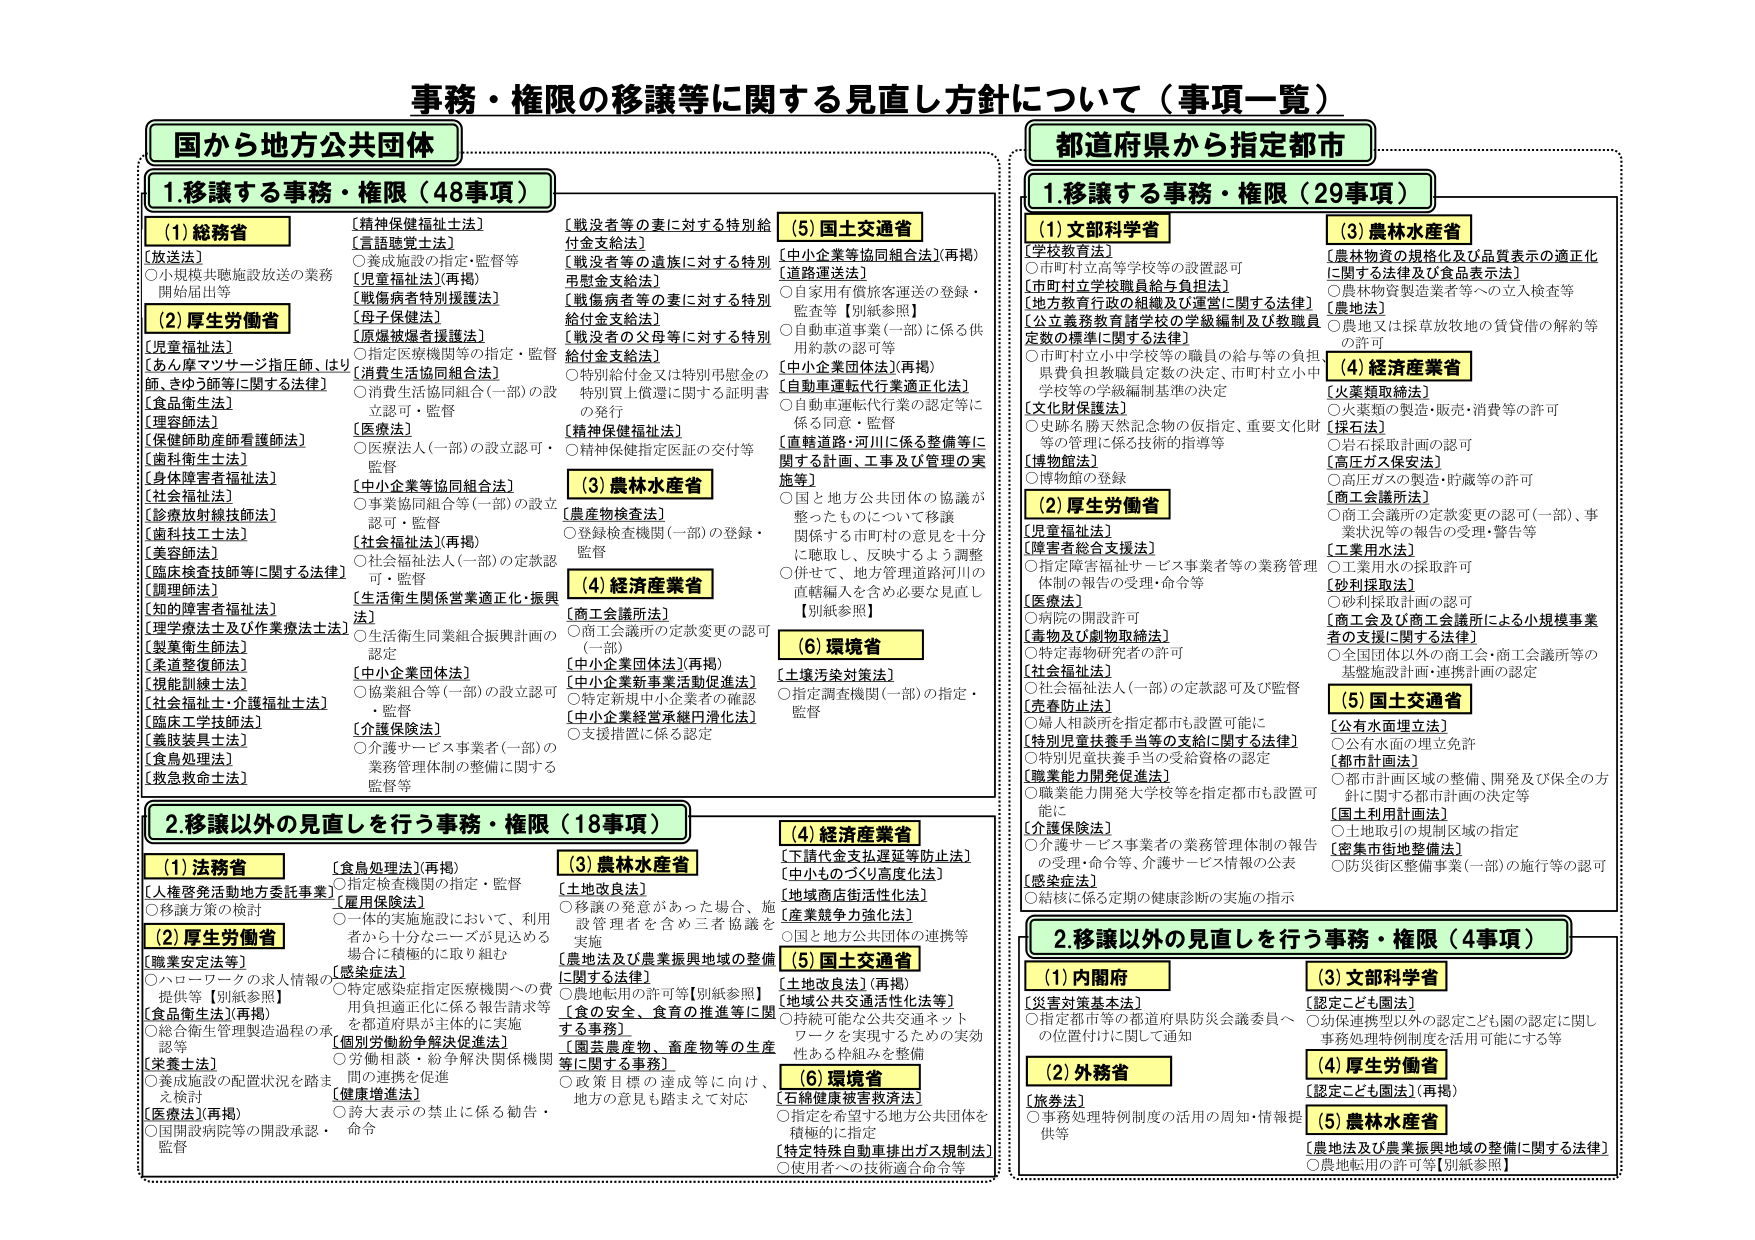
事務・権限の移譲等に関する見直し方針について（事項一覧）

国から地方公共団体

1. 移譲する事務・権限（48事項）

(1) 総務省
【放送法】
○小規模共聴施設放送の業務開始届出等

(2) 厚生労働省
【児童福祉法】
【あん摩マツサージ指圧師、はり師、きゅう師等に関する法律】
【食品衛生法】
【理容師法】
【保健師助産師看護師法】
【歯科衛生士法】
【身体障害者福祉法】
【社会福祉法】
【診療放射線技師法】
【歯科技工士法】
【美容師法】
【臨床検査技師等に関する法律】
【調理師法】
【知的障害者福祉法】
【理学療法士及び作業療法士法】
【製薬衛生師法】
【柔道整復師法】
【視能訓練士法】
【社会福祉士・介護福祉士法】
【臨床工学技師法】
【義肢装具士法】
【食品加工法】
【救急救命士法】

【精神保健福祉士法】
【言語聴覚士法】
○養成施設の指定・監督等
【児童福祉法】（再掲）
【戦傷病者特別援護法】
【母子保健法】
【原爆被爆者援護法】
○指定医療機関等の指定・監督
【消費生活協同組合法】
○消費生活協同組合（一部）の設立認可・監督

【医療法】
○医療法人（一部）の設立認可・監督
【中小企業等協同組合法】
○事業協同組合等（一部）の設立認可・監督
【社会福祉法】（再掲）
○社会福祉法人（一部）の定款認可・監督
【生活衛生関係営業適正化・振興法】
○生活衛生同業組合振興計画の認定
【中小企業団体法】
○協業組合等（一部）の設立認可・監督
【介護保険法】
○介護サービス事業者（一部）の業務管理体制の整備に関する監督等

【戦没者等の妻に対する特別給付金支給法】
【戦没者等の遺族に対する特別弔慰金支給法】
【戦傷病者等の妻に対する特別給付金支給法】
【戦没者の父母等に対する特別給付金支給法】
○特別給付金又は特別弔慰金の特別買上償還に関する証明書の発行

【精神保健福祉法】
○精神保健指定医師の交付等

(3) 農林水産省
【農産物検査法】
○登録検査機関（一部）の登録・監督

(4) 経済産業省
【商工会議所法】
○商工会議所の定款変更の認可（一部）
【中小企業団体法】（再掲）
【中小企業新事業活動促進法】
○特定新規中小企業者の確認
【中小企業経営承継円滑化法】
○支援措置に係る認定

(5) 国土交通省
【中小企業等協同組合法】（再掲）
【道路運送法】
○自家用有償旅客運送の登録・監査等【別紙参照】
○自動車道事業（一部）に係る供用約款の認可等
【中小企業団体法】（再掲）
【自動車運転代行業適正化法】
○自動車運転代行業の認定等に係る許可・監督
【直轄道路・河川に係る整備等に関する計画、工事及び管理の実施等】
○国と地方公共団体の協議が整ったものについて移譲関係する市町村の意見を十分に聴取し、反映するよう調整○併せて、地方管理道路河川の直轄編入を含め必要な見直し【別紙参照】

(6) 環境省
【土壌汚染対策法】
○指定調査機関（一部）の指定・監督

2. 移譲以外の見直しを行う事務・権限（18事項）

(1) 法務省
【人権啓発活動地方委託事業】
○移譲方策の検討

(2) 厚生労働省
【職業安定法等】
○ハローワークの求人情報の提供等【別紙参照】
【食品衛生法】（再掲）
○総合衛生管理製造過程の承認等
【栄養士法】
○養成施設の配置状況を踏まえ検討
【医療法】（再掲）
○国開設病院等の開設承認・監督

【食品処理法】（再掲）
○指定検査機関の指定・監督
【雇用保険法】
○一体的実施施設において、利用者から十分なニーズが見込める場合に積極的に取り組む
【感染症法】
○特定感染症指定医療機関への費用負担適正化に係る報告請求等を都道府県が主体的に実施
【個別労働紛争解決促進法】
○労働相談・紛争解決関係機関間の連携を促進
【健康増進法】
○喫タ表示の禁止に係る勧告・命令

(3) 農林水産省
【土地改良法】
○移譲の発意があった場合、施設管理者を含め三者協議を実施
【農地法及び農業振興地域の整備に関する法律】
【農地転用の許可等】【別紙参照】
【食の安全、食育の推進等に関する事務】
【園芸農産物、畜産物等の生産等に関する事務】
○政策目標の達成等に向け、地方の意見も踏まえて対応

(4) 経済産業省
【下請代金支払遅延等防止法】
【中小ものづくり高度化法】
【地域商店街活性化法】
【産業競争力強化法】
○国と地方公共団体の連携等

(5) 国土交通省
【土地改良法】（再掲）
【地域公共交通活性化法等】
○持続可能な公共交通ネットワークを実現するための実効性ある枠組みを整備

(6) 環境省
【石綿健康被害救済法】
○指定を希望する地方公共団体を積極的に指定
【特定特殊自動車排出ガス規制法】
○使用者への技術適合命令等

都道府県から指定都市

1. 移譲する事務・権限（29事項）

(1) 文部科学省
【学校教育法】
○市町村立高等学校等の設置認可
【市町村立学校職員給与負担法】
【地方教育行政の組織及び運営に関する法律】
【公立義務教育諸学校の学級編制及び教職員定数の標準に関する法律】
○市町村立小中学校等の職員の給与等の負担、県費負担教職員定数の決定、市町村立小中学校等の学級編制基準の決定
【文化財保護法】
○史跡名勝天然記念物の仮指定、重要文化財等の管理に係る技術的指導等
【博物館法】
○博物館の登録

(2) 厚生労働省
【児童福祉法】
【障害者総合支援法】
○指定障害福祉サービス事業者等の業務管理体制の報告の受理・命令等
【医療法】
○病院の開設許可
【毒物及び劇物取締法】
○特定毒物研究者の許可
【社会福祉法】
○社会福祉法人（一部）の定款認可及び監督
【売春防止法】
○婦人相談所を指定都市も設置可能に
【特別児童扶養手当等の支給に関する法律】
○特別児童扶養手当の受給資格の認定
【職業能力開発促進法】
○職業能力開発大学校等を指定都市も設置可能に
【介護保険法】
○介護サービス事業者の業務管理体制の報告の受理・命令等、介護サービス情報の公表
【感染症法】
○結核に係る定期的健康診断の実施の指示

(3) 農林水産省
【農林物資の規格化及び品質表示の適正化に関する法律及び食品表示法】
○農林物資製造業者等への立入検査等
【農地法】
○農地又は採草放牧地の賃貸借の解約等の許可

(4) 経済産業省
【火薬類取締法】
○火薬類の製造・販売・消費等の許可
【採石法】
○岩石採取計画の認可
【高圧ガス保安法】
○高圧ガスの製造・貯蔵等の許可
【商工会議所法】
○商工会議所の定款変更の認可（一部）、事業状況等の報告の受理・警告等
【工業用水法】
○工業用水の採取許可
【砂利採取法】
○砂利採取計画の認可
【商工会及び商工会議所による小規模事業者の支援に関する法律】
○全国団体以外の商工会・商工会議所等の基盤施設計画・連携計画の認定

(5) 国土交通省
【公有水面埋立法】
○公有水面の埋立免許
【都市計画法】
○都市計画区域の整備、開発及び保全の方針に関する都市計画の決定等
【国土利用計画法】
○土地取引の規制区域の指定
【密集市街地整備法】
○防災街区整備事業（一部）の施行等の認可

2. 移譲以外の見直しを行う事務・権限（4事項）

(1) 内閣府
【災害対策基本法】
○指定都市等の都道府県防災会議委員への位置付けに関して通知

(2) 外務省
【旅券法】
○事務処理特例制度の活用の周知・情報提供等

(3) 文部科学省
【認定こども園法】
○幼保連携型以外の認定こども園の認定に関し事務処理特例制度を活用可能にする等

(4) 厚生労働省
【認定こども園法】（再掲）

(5) 農林水産省
【農地法及び農業振興地域の整備に関する法律】
○農地転用の許可等【別紙参照】